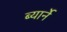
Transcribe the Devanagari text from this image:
ब्यार्ने